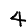
Digit: 4